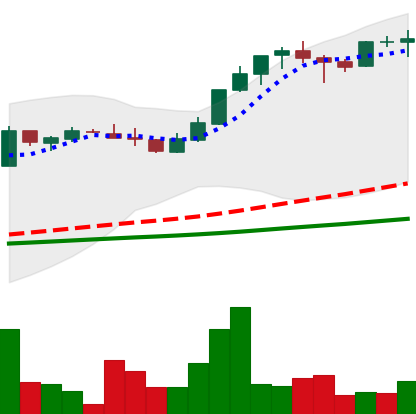
Ticker: LTC-USD
Chart end date: 2017-05-01
Forward return: 76.909%
Label: up_7plus